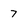
Character: 7